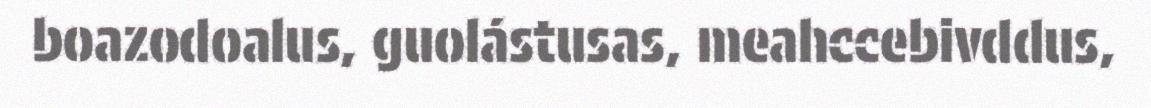
boazodoalus, guolástusas, meahccebivddus,